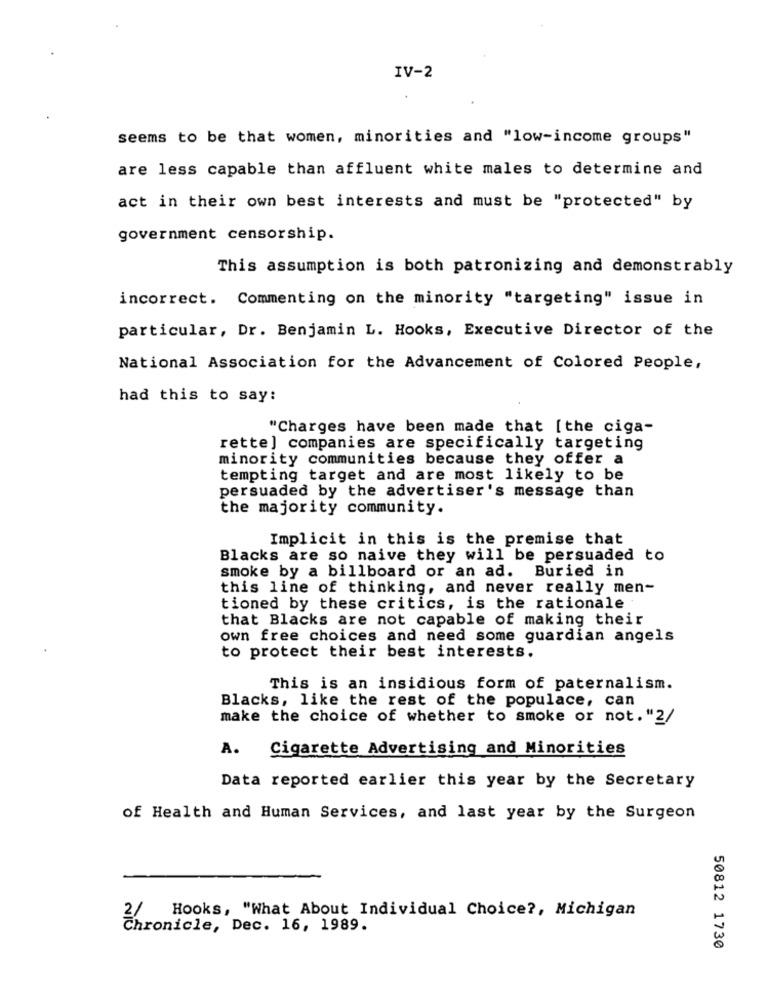
IV-2
seems to be that women, minorities and "low-income groups"
are less capable than affluent white males to determine and
act in their own best interests and must be "protected" by
government censorship.
This assumption is both patronizing and demonstrably
incorrect. Commenting on the minority "targeting" issue in
particular, Dr. Benjamin L. Hooks, Executive Director of the
National Association for the Advancement of Colored People,
had this to say:
"Charges have been made that [the ciga-
rette] companies are specifically targeting
minority communities because they offer a
tempting target and are most likely to be
persuaded by the advertiser's message than
the majority community.
Implicit in this is the premise that
Blacks are so naive they will be persuaded to
smoke by a billboard or an ad. Buried in
this line of thinking, and never really men-
tioned by these critics, is the rationale
that Blacks are not capable of making their
own free choices and need some guardian angels
to protect their best interests.
This is an insidious form of paternalism.
Blacks, like the rest of the populace, can
make the choice of whether to smoke or not."2/
Cigarette Advertising and Minorities
A.
Data reported earlier this year by the Secretary
of Health and Human Services, and last year by the Surgeon
Hooks, "What About Individual Choice ?, Michigan
Chronicle, Dec. 16, 1989.
50812 1730